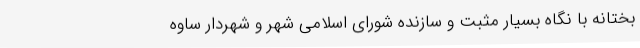
بختانه با نگاه بسیار مثبت و سازنده شورای اسلامی شهر و شهردار ساوه